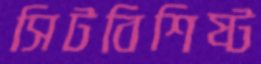
সিটবিশিষ্ট